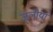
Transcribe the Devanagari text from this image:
जूलीया